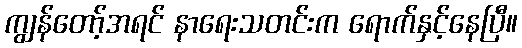
ကျွန်တော့်အရင် နာရေးသတင်းက ရောက်နှင့်နေပြီ။